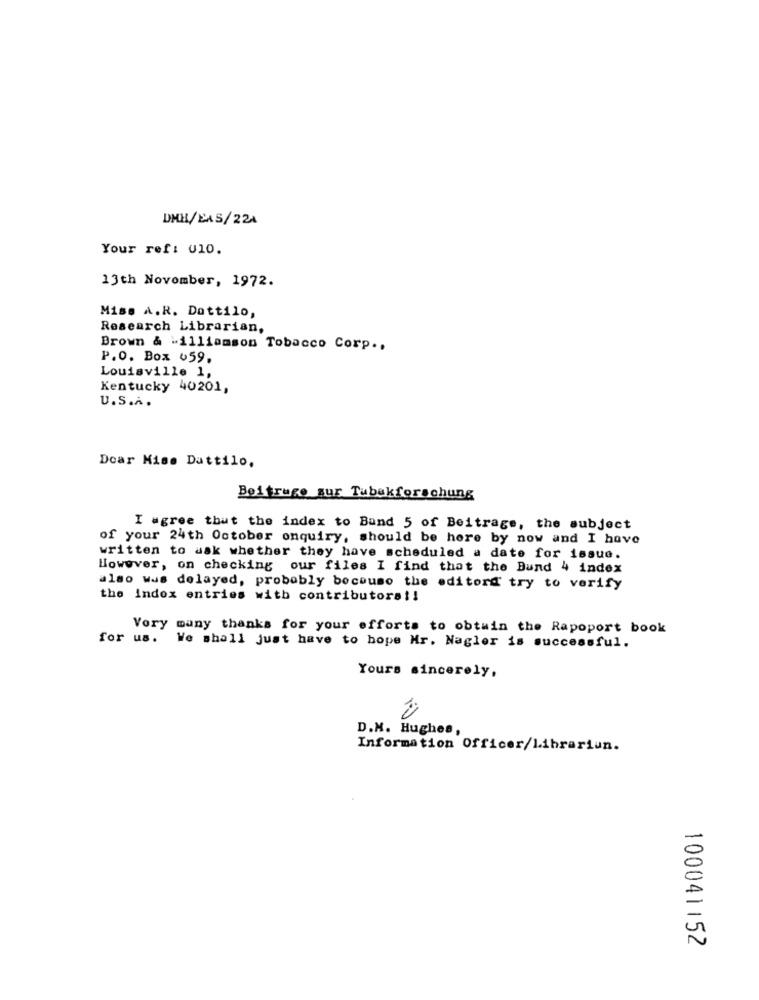
DMH/EAS/224
Your ref: 010.
13th November, 1972.
Mise A.R. Dattilo,
Research Librarian,
Brown & williamson Tobacco Corp ..
P.O. Box 659,
Louisville 1,
Kentucky 40201,
U.S.A.
Doar Mise Dattilo,
Beitruge sur Tubakforschung
I agree that the index to Band 5 of Beitrage, the subject
of your 24th October onquiry, should be here by now and I have
written to ask whether they have scheduled a date for issue.
However, on checking our files I find that the Bund 4 index
also was delayed, probably because the editord' try to verify
the index entries with contributors !!
Vory many thanks for your efforts to obtain the Rapoport book
for us.
We shall just have to hope Mr. Nagler is successful.
Yours sincerely,
D.N. Hughes,
Information Officer/Librariun.
100041152